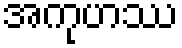
အကုဟဿ